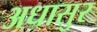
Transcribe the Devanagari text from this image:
अधासुर